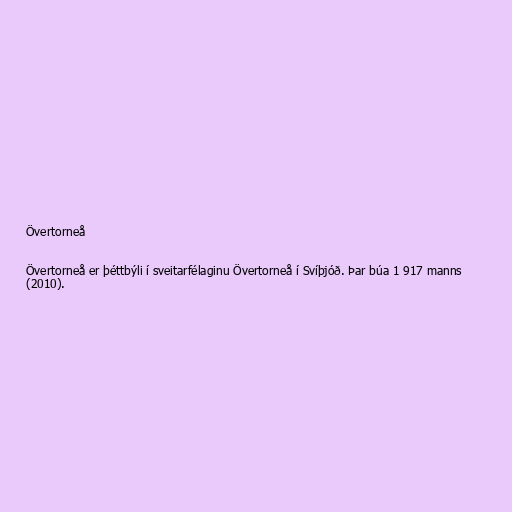
Övertorneå

Övertorneå er þéttbýli í sveitarfélaginu Övertorneå í Svíþjóð. Þar búa 1 917 manns
(2010).